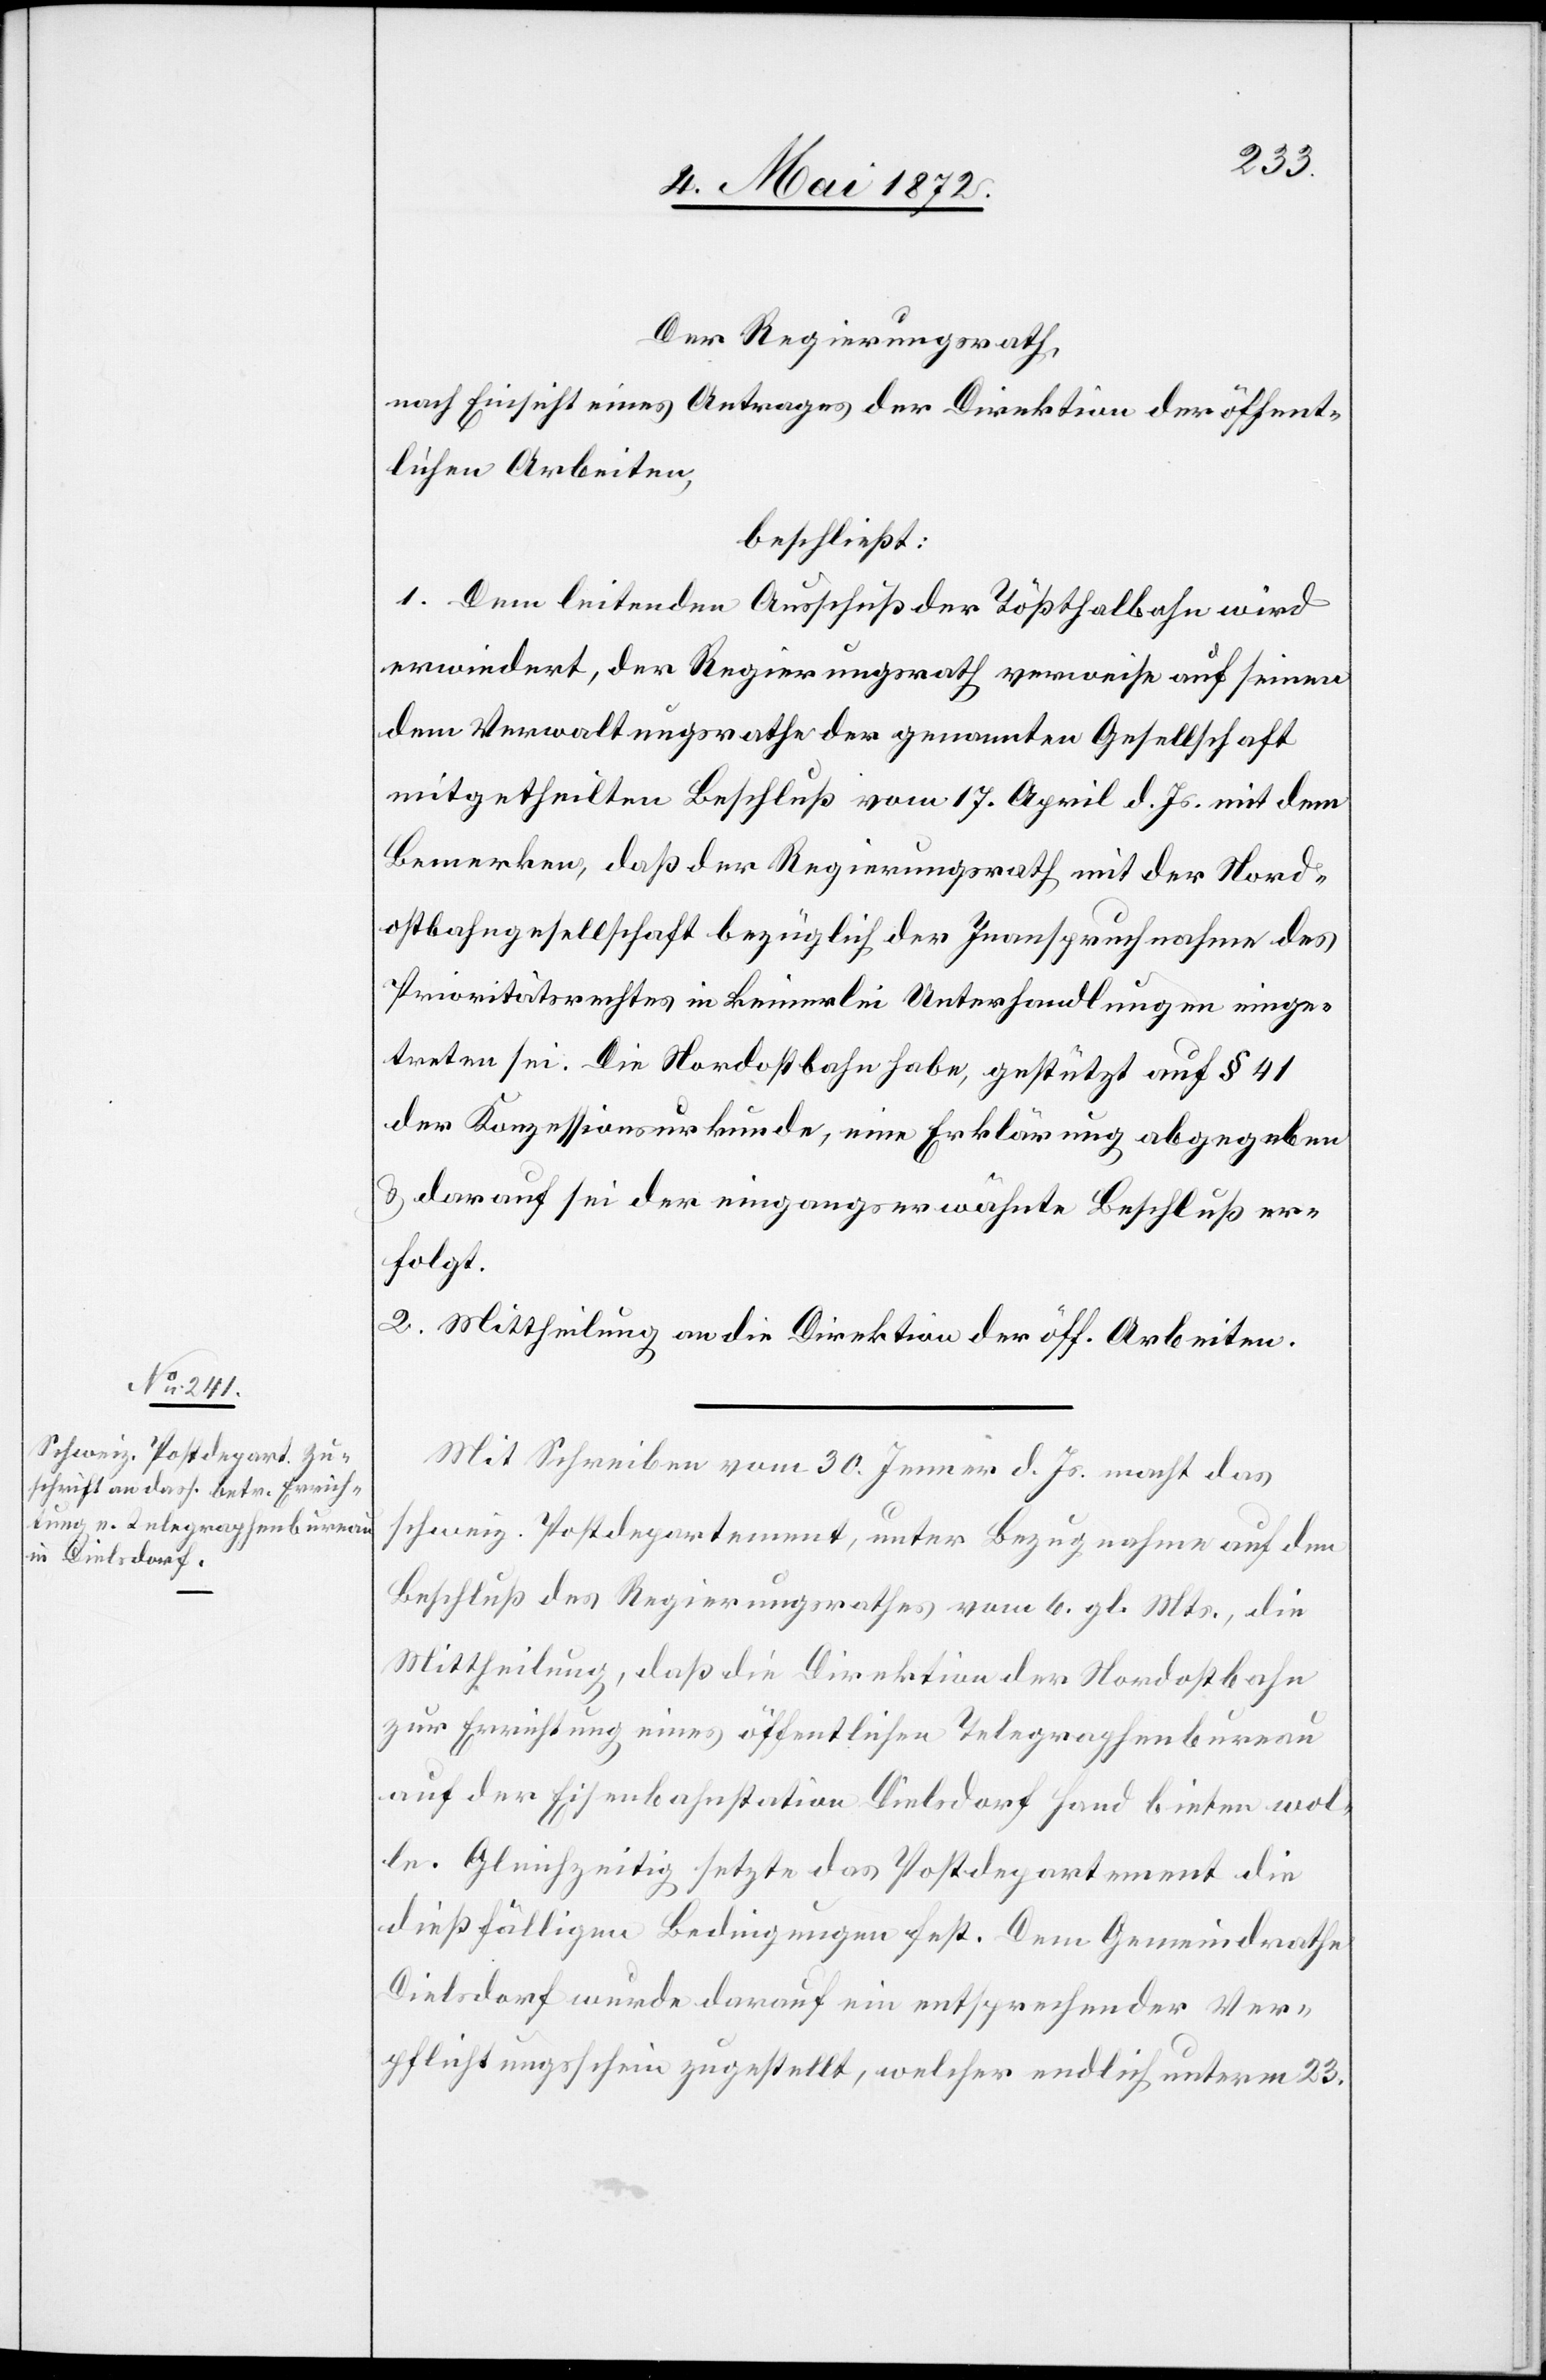
Der Regierungsrath,
nach Einsicht eines Antrages der Direktion der öffent¬
lichen Arbeiten,
beschließt:
1. Dem leitenden Ausschuß der Tößthalbahn wird
erwiedert, der Regierungsrath verweise auf seinen
dem Verwaltungsrathe der genannten Gesellschaft
mitgetheilten Beschluß vom 17. April d. Js. mit dem
Bemerken, daß der Regierungsrath mit der Nord¬
ostbahngesellschaft bezüglich der Inanspruchnahme des
Prioritätsrechtes in keinerlei Unterhandlung einge¬
treten sei. Die Nordostbahn habe, gestützt auf § 41
der Konzessionsurkunde, eine Erklärung abgegeben
u. darauf sei der eingangs erwähnte Beschluß er¬
folgt.
2. Mittheilung an die Direktion der öff. Arbeiten.
Mit Schreiben vom 30. Jenner d. Js. macht das
schweiz. Postdepartement, unter Bezugnahme auf den
Beschluß des Regierungsrathes vom 6. gl. Mts, die
Mittheilung, daß die Direktion der Nordostbahn
zur Errichtung eines öffentlichen Telegraphenbureau
auf der Eisenbahnstation Dielsdorf Hand bieten wol¬
le. Gleichzeitig setzte das Postdepartement die
dießfälligen Bedingungen fest. Dem Gemeindrathe
Dielsdorf wurde darauf ein entsprechender Ver¬
pflichtungsschein zugestellt, welcher endlich unterm 23.